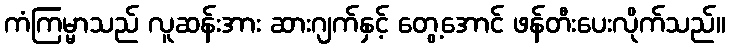
ကံကြမ္မာသည် လူဆန်းအား ဆားဂျက်နှင့် တွေ့အောင် ဖန်တီးပေးလိုက်သည်။